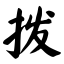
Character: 拨